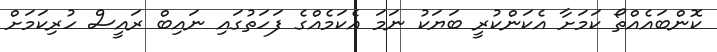
ކޮންބައެއްތޯ ކަމަށާ އެކަންކުރީ ބަޔަކު ނަމަ އެކަމެއްގެ ފަހަތުގައި ނައިބް ރައީސް ހުރިކަމަށް